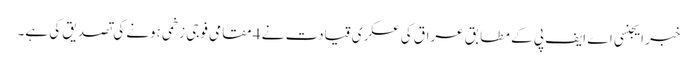
خبر ایجنسی اے ایف پی کے مطابق عراق کی عسکری قیادت نے 4 مقامی فوجی زخمی ہونے کی تصدیق کی ہے۔